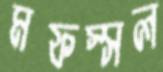
মফস্সল